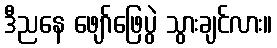
ဒီညနေ ဖျော်ဖြေပွဲ သွားချင်လား။